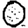
Digit: 0